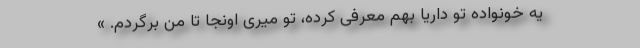
یه خونواده تو داریا بهم معرفی کرده، تو میری اونجا تا من برگردم. »